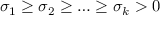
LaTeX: \sigma _ { 1 } \geq \sigma _ { 2 } \geq \ldots \geq \sigma _ { k } > 0